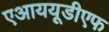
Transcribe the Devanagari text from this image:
एआययूडीएफ